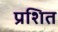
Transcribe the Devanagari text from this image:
प्रशित